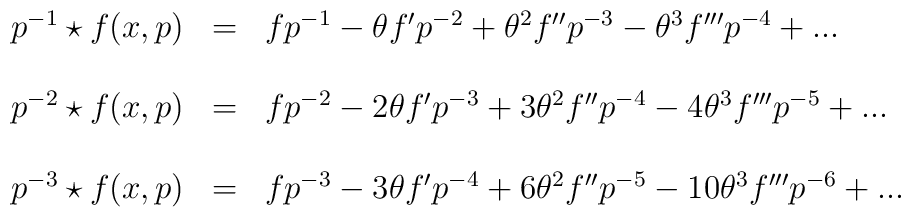
\begin{array}{lcl}p^{-1}\star f(x,p)&=&fp^{-1}-\theta f'p^{-2} +{\theta}^{2} f'' p^{-3}-{\theta}^{3} f''' p^{-4}+...\\\\p^{-2}\star f(x,p)&=&fp^{-2}-2\theta f'p^{-3} +3{\theta}^{2} f'' p^{-4}-4{\theta}^{3} f''' p^{-5}+...\\\\p^{-3}\star f(x,p)&=&fp^{-3}-3\theta f'p^{-4} +6{\theta}^{2} f'' p^{-5}-10{\theta}^{3} f''' p^{-6}+...\\\\\end{array}